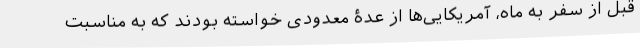
قبل از سفر به ماه، آمریکایی‌ها از عدۀ معدودی خواسته بودند که به مناسبت